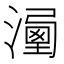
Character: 𣽔